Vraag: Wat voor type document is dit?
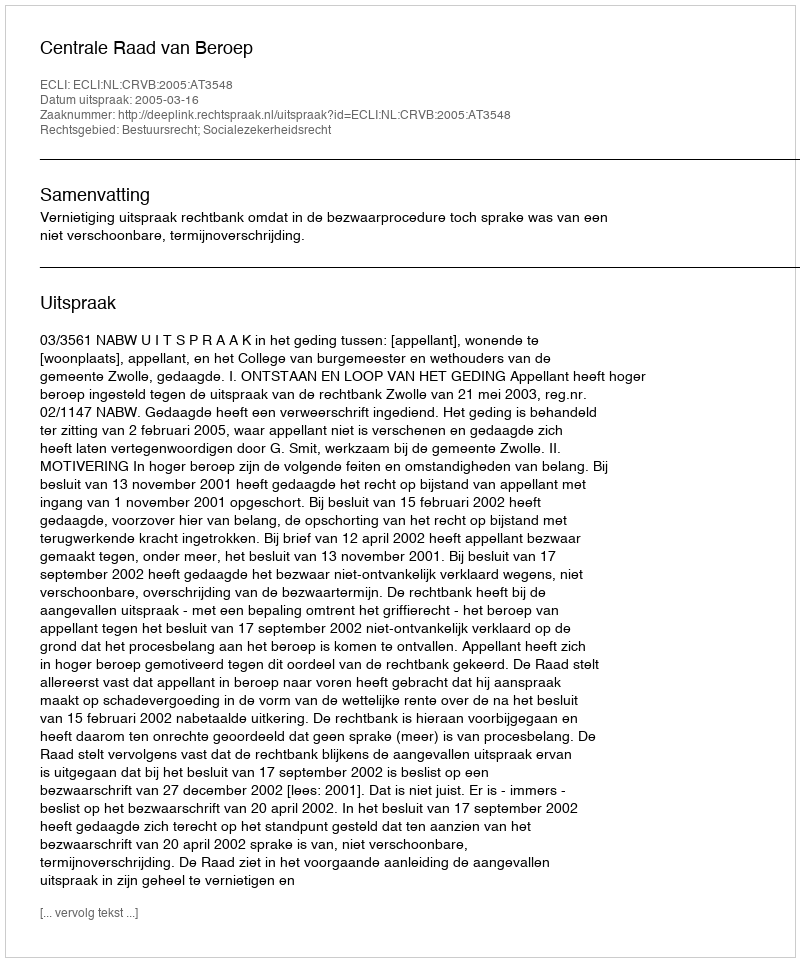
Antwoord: Uitspraak